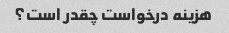
هزینه درخواست چقدر است؟